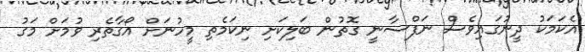
އެކަމަކު ދީނުގައިވެސް ނަފްސާނީ ގޮތުން ބަލިކަށި ނިކަމެތި މީހުނަށް އޯގާތެރި ވުމަށް މަގު